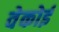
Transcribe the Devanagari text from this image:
वेकोई